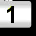
Digit: 1